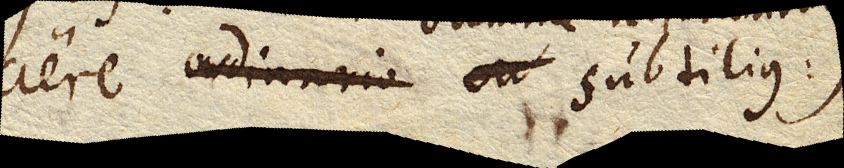
aere ordinario subtilius)